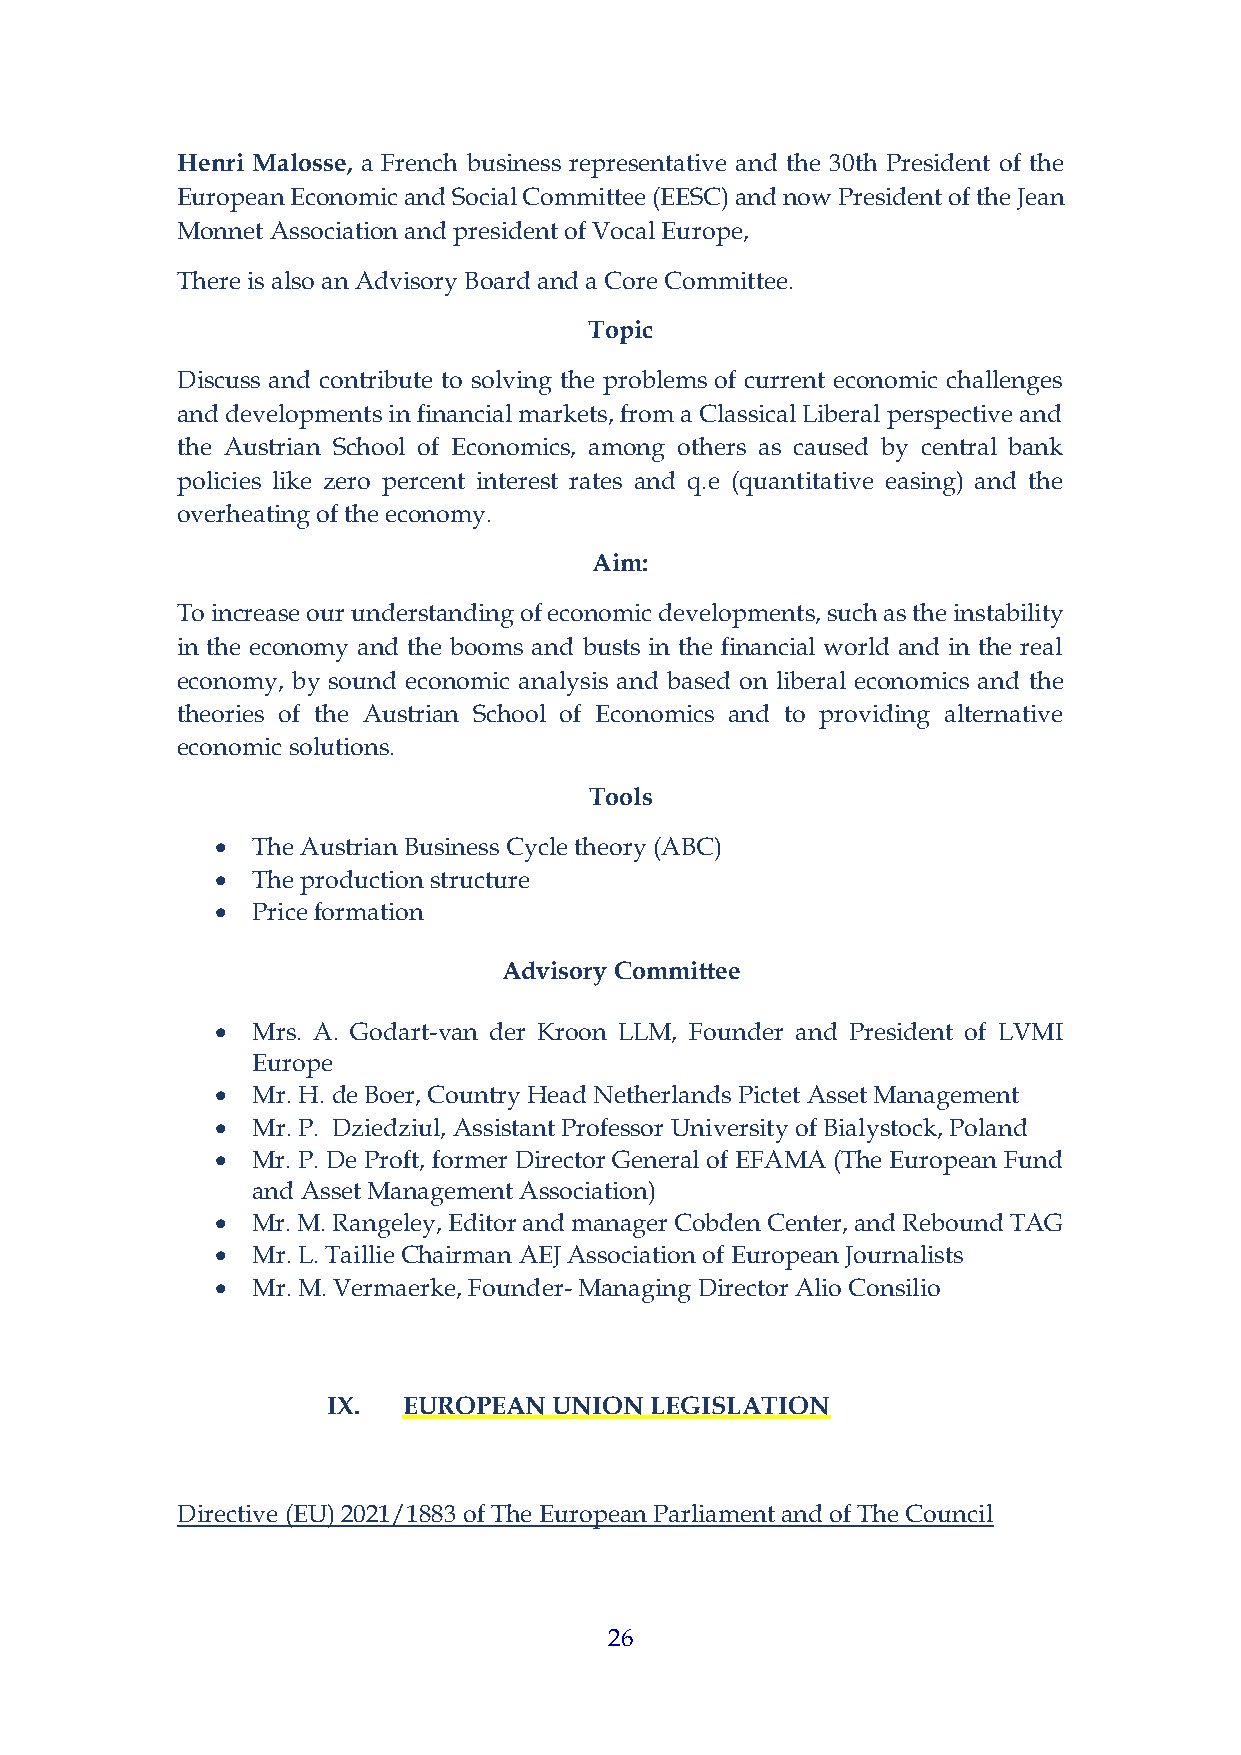
Henri Malosse, a French business representative and the 30th President of the
 European Economic and Social Committee (EESC) and now President of the Jean
 Monnet Association and president of Vocal Europe,
 There is also an Advisory Board and a Core Committee.
 Topic
 Discuss and contribute to solving the problems of current economic challenges
 and developments in financial markets, from a Classical Liberal perspective and
 the Austrian School of Economics, among others as caused by central bank
 policies like zero percent interest rates and q.e (quantitative easing) and the
 overheating of the economy.
 Aim:
 To increase our understanding of economic developments, such as the instability
 in the economy and the booms and busts in the financial world and in the real
 economy, by sound economic analysis and based on liberal economics and the
 theories of the Austrian School of Economics and to providing alternative
 economic solutions.
 Tools
 •  The Austrian Business Cycle theory (ABC)
 •  The production structure
 •  Price formation
 Advisory Committee
 •  Mrs. A. Godart-van der Kroon LLM, Founder and President of LVMI
 Europe
 •  Mr. H. de Boer, Country Head Netherlands Pictet Asset Management
 •  Mr. P. Dziedziul, Assistant Professor University of Bialystock, Poland
 •  Mr. P. De Proft, former Director General of EFAMA (The European Fund
 and Asset Management Association)
 •  Mr. M. Rangeley, Editor and manager Cobden Center, and Rebound TAG
 •  Mr. L. Taillie Chairman AEJ Association of European Journalists
 •  Mr. M. Vermaerke, Founder- Managing Director Alio Consilio
 IX.  EUROPEAN  UNION LEGISLATION
 Directive (EU) 2021/1883 of The European Parliament and of The Council
 26